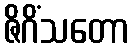
ဇိဂိံသတော